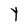
Character: Y